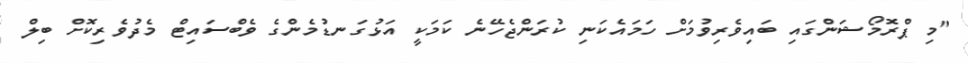
"މި ޕްރޮމޯޝަންގައި ބައިވެރިވުމަށް ހަމައެކަނި ކުރަންޖެހޭނެ ކަމަކީ އަޅުގަނޑުމެންގެ ވެބްސައިޓް މެދުވެރިކޮށް ބިލް